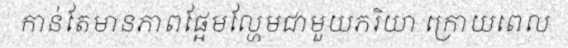
កាន់តែមានភាពផ្អែមល្ហែមជាមួយភរិយា ក្រោយពេល